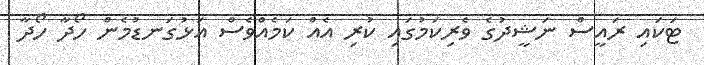
ޓަކައި ރައީސް ނަޝީދުގެ ވެރިކަމުގައި ކުރި އެއް ކަމެއްވެސް އަޅުގަނޑުމެން ހޯދާ ހޯދާ